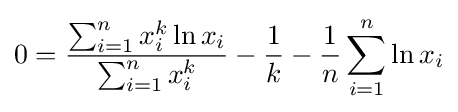
0={\frac {\sum _{i=1}^{n}x_{i}^{k}\ln x_{i}}{\sum _{i=1}^{n}x_{i}^{k}}}-{\frac {1}{k}}-{\frac {1}{n}}\sum _{i=1}^{n}\ln x_{i}